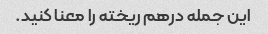
این جمله درهم ریخته را معنا کنید.